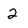
Character: 2